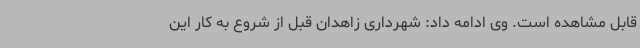
قابل مشاهده است. وی ادامه داد: شهرداری زاهدان قبل از شروع به کار این